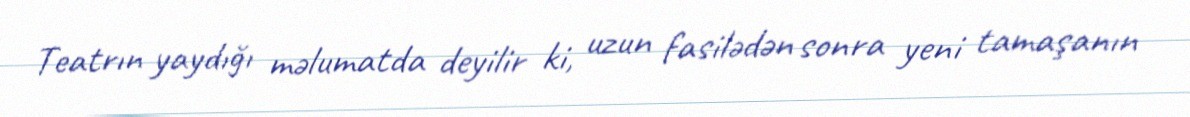
Teatrın yaydığı məlumatda deyilir ki, uzun fasilədən sonra yeni tamaşanın